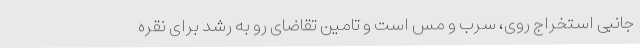
جانبی استخراج روی، سرب و مس است و تامین تقاضای رو به رشد برای نقره